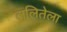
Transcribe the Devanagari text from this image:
ललितेला